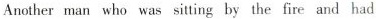
Another man who was sitting by the fire and had